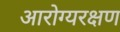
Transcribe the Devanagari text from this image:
आरोग्यरक्षण